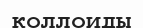
коллоиды